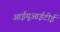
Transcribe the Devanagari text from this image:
आईयूआईटीई